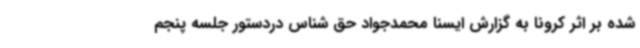
شده بر اثر کرونا به گزارش ایسنا محمدجواد حق شناس دردستور جلسه پنجم